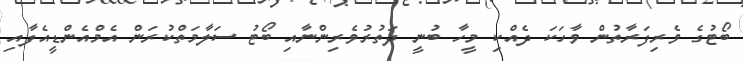
ބޯޓުގެ ވެރިފަރާތުން ވާހަކަ ދެއްކި މީހާ ބުނީ ދަތުރުވެރިންނާއި ބޯޓު ސަލާމަތްކުރަން އެމްއެންޑީއެފާއި